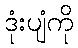
ဒုံးပျံကို